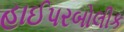
હાઈપરબોલીક